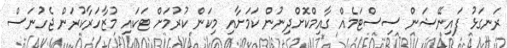
ރަނގަޅު ފައިނޭޝަން ސިސްޓަމެއް ގާއިމްކޮށްދިނުން ކަމަށާއި މިކަން ކުރުމަށް ޓަކައި މުޒާހަރާކުރަން ޖެހުނަސް